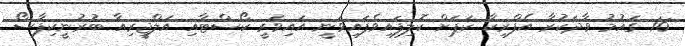
16 ގައުމު ވާދަކުރާ އެފްރިކާ ކަޕަށް ކޮލިފައިވެފައިވަނީ އައިވަރީ ކޯސްޓާއި އަލްޖީރިއާ ބުރުނީކިފާސޯ